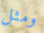
ومثل